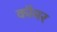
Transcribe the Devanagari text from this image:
कौमर